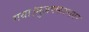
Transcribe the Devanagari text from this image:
गया।मुजफ्फरनगर